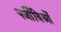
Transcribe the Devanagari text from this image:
पर्जीविओं